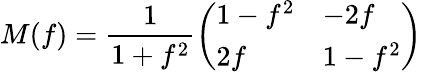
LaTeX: M(f)=\frac{1}{1+f^{2}}\left(\begin{array}{ll}{{1-f^{2}}}&{{-2f}}\\ {{2f}}&{{1-f^{2}}}\end{array}\right)